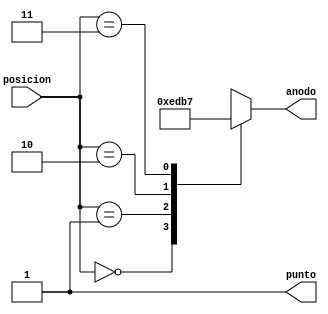
`timescale 1ns / 1ps

/*
decodificador para seleccionar un anodo para el 
7segmentos, la seleccion depende de la posicion
00 anodo0 activado => 1110
01 anodo1 activado => 1101
10 anodo2 activad0 => 1011
11	anodo3 activado => 0111
*/


module decoAnodosDisplay(
    input [1:0] posicion,
	 output reg punto,
    output reg [3:0] anodo	 
    );
	 
	always @(posicion) begin
		punto <= 1;
		case(posicion)
			0:
				anodo = 4'b1110;
			1:
				anodo = 4'b1101;
			2:
				anodo = 4'b1011;
			3:
				anodo = 4'b0111;
		endcase
	end	
endmodule